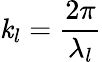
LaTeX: \mathit{k}_{l}=\frac{{2\pi}}{{\lambda_{l}}}